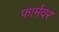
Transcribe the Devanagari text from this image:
फार्मवर